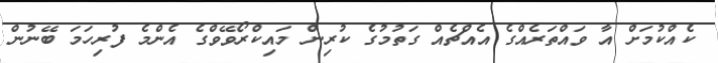
ކެއްކުމަށް އާ ވައްތަރެއްގެ އެއްޗެއް ގަތުމުގެ ކުރިން މައިކްރޯވޭވްގެ އެންމެ ފުރިހަމަ ބޭނުން